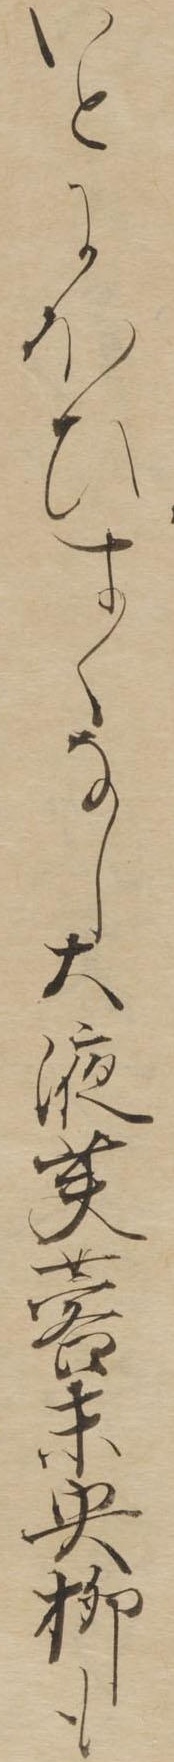
いとにほひすくなし大液芙蓉未央柳も